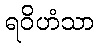
ရဝိဟံသာ